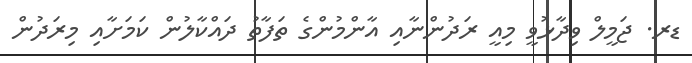
ޑރ. ޖަމީލް ވިދާޅުވީ މިއީ ރަދުންނާއި އާންމުންގެ ތަފާތު ދައްކާލުން ކަމަށާއި މިރަދުން